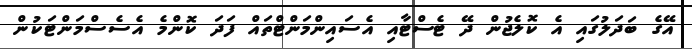
އޭގެ ބަދަލުގައި އެ ކޮލެޖުން ދޭ ޓެސްޓާއި އެސައިންމަންޓްތައް ފަދަ ކޮންމެ އެސެސްމަންޓަކުން